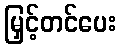
မြှင့်တင်ပေး